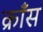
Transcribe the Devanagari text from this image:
क्राँस